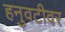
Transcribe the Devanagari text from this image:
हनुवटीवर